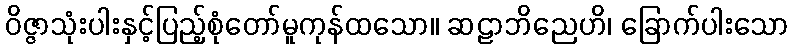
ဝိဇ္ဇာသုံးပါးနှင့်ပြည့်စုံတော်မူကုန်ထသော။ ဆဠာဘိညေဟိ၊ ခြောက်ပါးသော